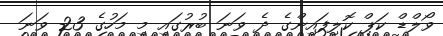
ވޯލްޑް ކަޕް ކޮލިފައިންގެ ދެ ވަނަ ބުރުގައި މި މަހުގެ 23 ވަނަ